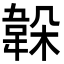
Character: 𩎫